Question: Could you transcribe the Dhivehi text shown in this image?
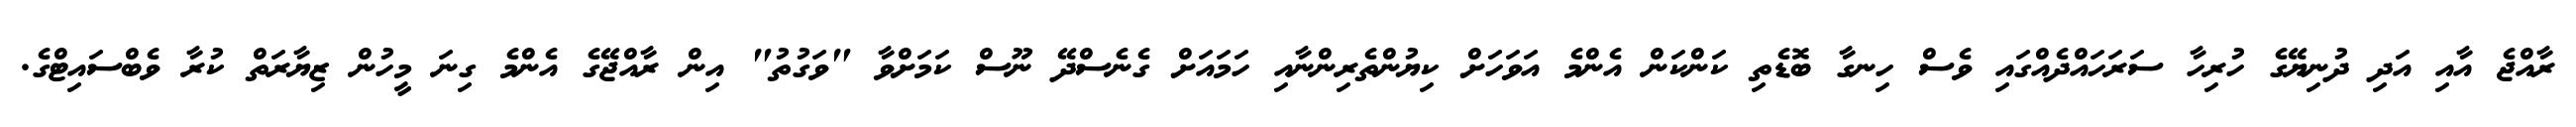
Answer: ރާއްޖެ އާއި އަދި ދުނިޔޭގެ ހުރިހާ ސަރަހައްދެއްގައި ވެސް ހިނގާ ބޮޑެތި ކަންކަން އެންމެ އަވަހަށް ކިޔުންތެރިންނާއި ހަމައަށް ގެނެސްދޭ ނޫސް ކަމަށްވާ "ވަގުތު" އިން ރާއްޖޭގެ އެންމެ ގިނަ މީހުން ޒިޔާރަތް ކުރާ ވެބްސައިޓްގެ.